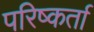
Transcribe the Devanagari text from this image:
परिष्कर्ता